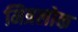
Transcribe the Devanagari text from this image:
मित्रलोक